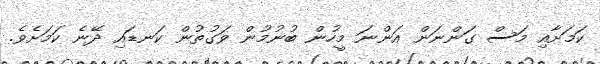
ކަމަށާއި މަސް ގަންނަން އަންނަ މީހުން ބުނުމުން ވަގުތުން ކަނޑައި ދޭނެ ކަމަށެވެ.